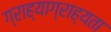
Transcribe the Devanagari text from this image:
ग्राह्याग्राह्यता